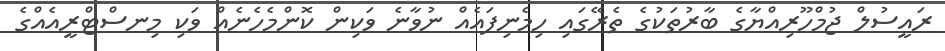
ރައީސުލް ޖުމްހޫރިއްޔާގެ ބާރުތަކުގެ ތެރޭގައި ހިމެނިފައެއް ނުވާނެ ވަކިން ކޮންމެހެނެއް ވަކި މިނސްޓްރީއެއްގެ